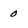
Character: 0